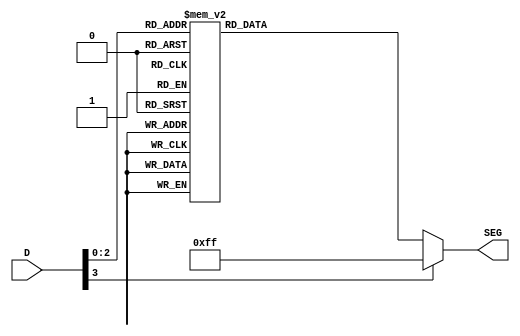
module alejandro(
   input [3:0] D,
   output reg [7:0] SEG
   );

always @(*) 
begin
	case(D)
        4'd0: SEG <= 8'b00010001;
        4'd1: SEG <= 8'b11100011; 
        4'd2: SEG <= 8'b01100001;
        4'd3: SEG <= 8'b10001111;
        4'd4: SEG <= 8'b00010001;
        4'd5: SEG <= 8'b00010011;
        4'd6: SEG <= 8'b10000101;
        4'd7: SEG <= 8'b01110011;
        default: SEG <= 8'b11111111;
	endcase
end

endmodule